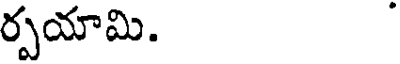
ర్పయామి.